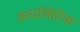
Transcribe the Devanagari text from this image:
अनालिटिक